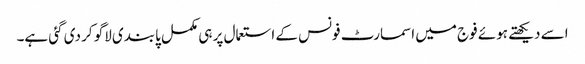
اسے دیکھتے ہوئے فوج میں اسمارٹ فونس کے استعمال پر ہی مکمل پابندی لاگو کر دی گئی ہے۔